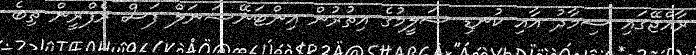
ރާއްޖޭގައި ސިމާދު އާއި ކުނޑި ސަލީމުގެ އިތުރުން އިންޓަނޭޝަނަލް ފަސް ރެފްރީން ތިބެ